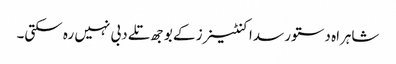
شاہراہ دستور سدا کنٹینرز کے بوجھ تلے دبی نہیں رہ سکتی۔